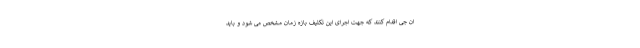
ان جی اقدام کنند که جهت اجرای این تکلیف بازه زمان مشخص می شود و باید